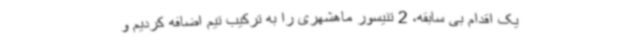
یک اقدام بی سابقه، 2 تنیسور ماهشهری را به ترکیب تیم اضافه کردیم و